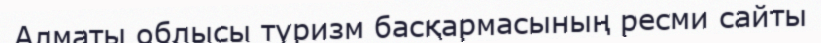
Алматы облысы туризм басқармасының ресми сайты